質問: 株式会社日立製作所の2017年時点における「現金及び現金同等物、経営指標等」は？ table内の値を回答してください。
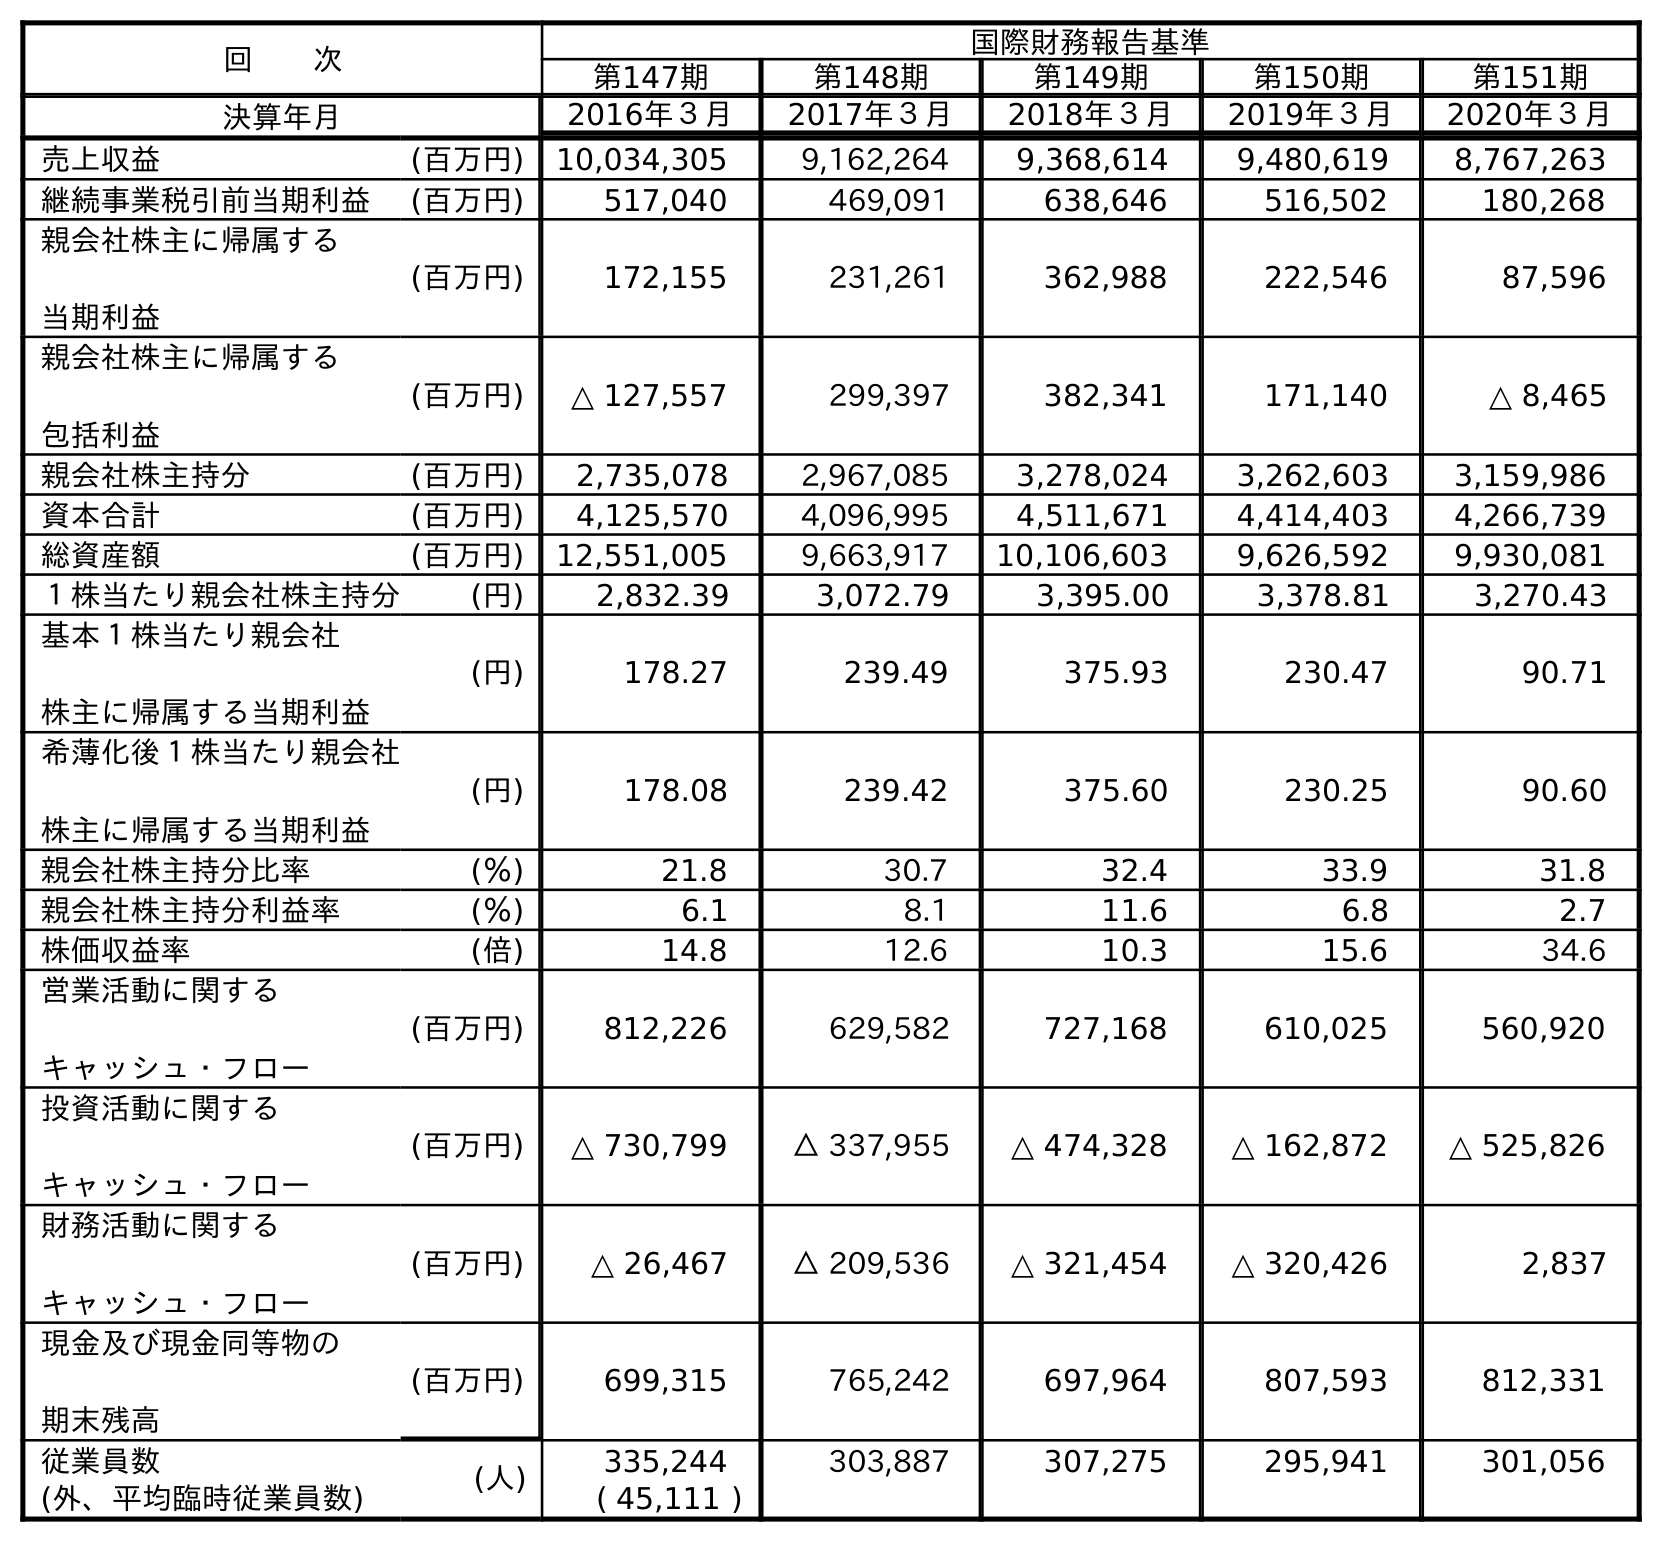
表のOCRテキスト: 回  次 国際財務報告基準 第147期 第148期 第149期 第150期 第151期 決算年月 2016年３月 2017年３月 2018年３月 2019年３月 2020年３月 売上収益 (百万円) 10,034,305 9,162,264 9,368,614 9,480,619 8,767,263 継続事業税引前当期利益 (百万円) 517,040 469,091 638,646 516,502 180,268 親会社株主に帰属する 当期利益 (百万円) 172,155 231,261 362,988 222,546 87,596 親会社株主に帰属する 包括利益 (百万円) △ 127,557 299,397 382,341 171,140 △ 8,465 親会社株主持分 (百万円) 2,735,078 2,967,085 3,278,024 3,262,603 3,159,986 資本合計 (百万円) 4,125,570 4,096,995 4,511,671 4,414,403 4,266,739 総資産額 (百万円) 12,551,005 9,663,917 10,106,603 9,626,592 9,930,081 １株当たり親会社株主持分 (円) 2,832.39 3,072.79 3,395.00 3,378.81 3,270.43 基本１株当たり親会社 株主に帰属する当期利益 (円) 178.27 239.49 375.93 230.47 90.71 希薄化後１株当たり親会社 株主に帰属する当期利益 (円) 178.08 239.42 375.60 230.25 90.60 親会社株主持分比率 (％) 21.8 30.7 32.4 33.9 31.8 親会社株主持分利益率 (％) 6.1 8.1 11.6 6.8 2.7 株価収益率 (倍) 14.8 12.6 10.3 15.6 34.6 営業活動に関する キャッシュ・フロー (百万円) 812,226 629,582 727,168 610,025 560,920 投資活動に関する キャッシュ・フロー (百万円) △ 730,799 △ 337,955 △ 474,328 △ 162,872 △ 525,826 財務活動に関する キャッシュ・フロー (百万円) △ 26,467 △ 209,536 △ 321,454 △ 320,426 2,837 現金及び現金同等物の 期末残高 (百万円) 699,315 765,242 697,964 807,593 812,331 従業員数 (人) 335,244 303,887 307,275 295,941 301,056 (外、平均臨時従業員数) ( 45,111 )
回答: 765,242